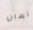
لسان